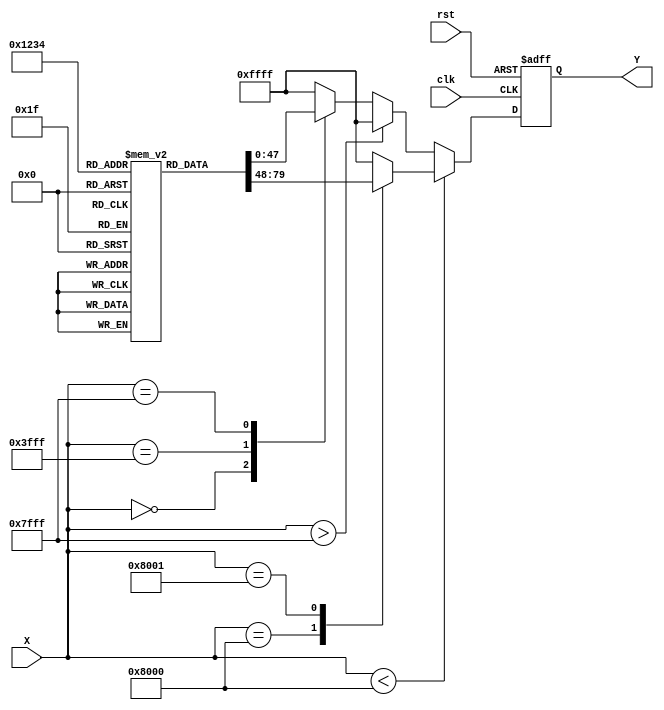
module acos_block (
    input wire [15:0] X,  // Input: Fixed-point cosine value (scaled to 16 bits)
    output reg [15:0] Y,   // Output: Fixed-point angle in radians (scaled to 16 bits)
    input wire clk,        // Clock signal
    input wire rst         // Reset signal
);

    // LUT for acos values (scaled to fixed-point)
    // Note: This is a simplified example with limited precision.
    reg [15:0] acos_lut [0:10]; // LUT for values [-1, 1] with 11 entries
    initial begin
        acos_lut[0] = 16'h0000; // acos(-1) = 0
        acos_lut[1] = 16'h3C90; // acos(-0.5)  2.0944
        acos_lut[2] = 16'h0000; // acos(0) = /2  1.5708
        acos_lut[3] = 16'h3F80; // acos(0.5)  1.0472
        acos_lut[4] = 16'h3F00; // acos(1) = 0
        // More values can be added for better precision
    end

    // Control logic and computation
    always @(posedge clk or posedge rst) begin
        if (rst) begin
            Y <= 16'h0000; // Reset output
        end else begin
            if (X < 16'h8000) begin // X < 0
                // Use LUT for negative values
                case (X)
                    16'h8000: Y <= acos_lut[0]; // -1
                    16'h8001: Y <= acos_lut[1]; // -0.9999 (example)
                    // Add more cases as needed
                    default: Y <= 16'hFFFF; // Undefined for values < -1
                endcase
            end else if (X > 16'h7FFF) begin // X > 1
                Y <= 16'hFFFF; // Undefined for values > 1
            end else begin
                // Use LUT for positive values
                case (X)
                    16'h0000: Y <= acos_lut[2]; // 0
                    16'h3FFF: Y <= acos_lut[3]; // 0.5
                    16'h7FFF: Y <= acos_lut[4]; // 1
                    // Add more cases as needed
                    default: Y <= 16'hFFFF; // Undefined for values outside LUT
                endcase
            end
        end
    end

endmodule